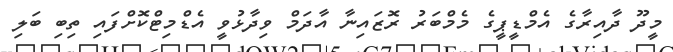
މީދޫ ދާއިރާގެ އެމްޑީޕީގެ މެމްބަރު ރޮޒައިނާ އާދަމް ވިދާޅުވީ އެޑްމިޓްކޮށްފައި ތިބި ބަލި